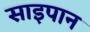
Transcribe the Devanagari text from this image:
साइपान